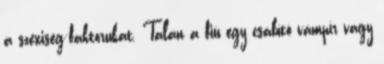
a szexiség-faktorukat. Talán a fiú egy csábító vámpír vagy